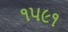
૧૫૯૧